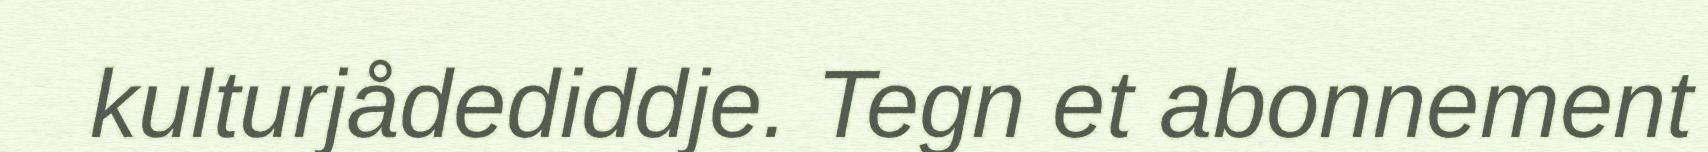
kulturjådediddje. Tegn et abonnement